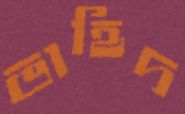
ভাহিদ